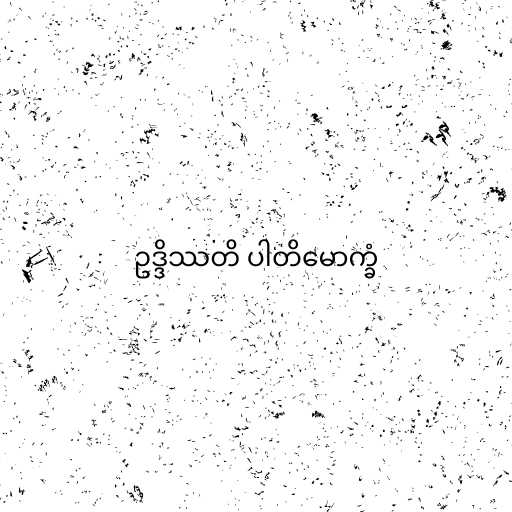
ဥဒ္ဒိဿတိ ပါတိမောက္ခံ